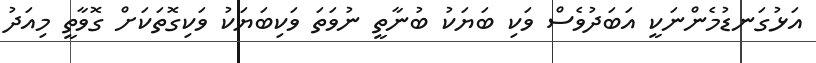
އަޅުގަނޑުމެންނަކީ އަބަދުވެސް ވަކި ބަޔަކު ބުނާތީ ނުވަތަ ވަކިބަޔަކު ވަކިގޮތަކަށް ގޮވާތީ މިއަދު